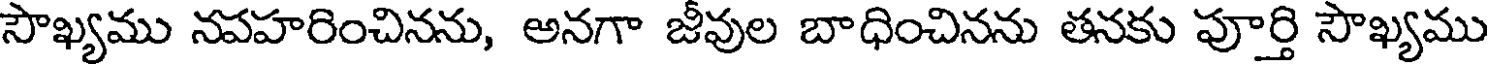
సౌఖ్యము నపహరించినను, అనగా జీవుల బాధించినను తనకు పూర్తి సౌఖ్యము